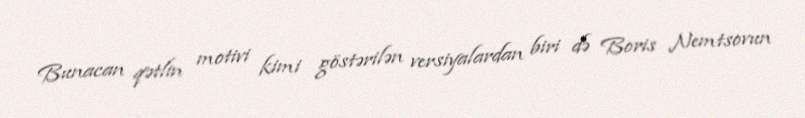
Bunacan qətlin motivi kimi göstərilən versiyalardan biri də Boris Nemtsovun